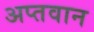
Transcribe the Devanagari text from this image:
अप्तवान